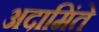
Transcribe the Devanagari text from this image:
अदामिंते